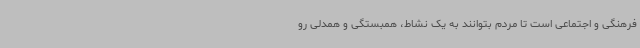
فرهنگی و اجتماعی است تا مردم بتوانند به یک نشاط، همبستگی و همدلی رو